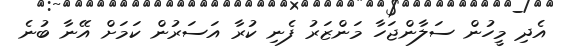
އެދި މީހުން ސަލާންޖަހާ މަންޒަރު ފެނި ކުރާ އަސަރުން ކަމަށް އޭނާ ބުނެ